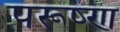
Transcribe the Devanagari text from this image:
परूष्ण